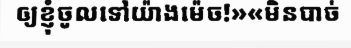
ឲ្យខ្ញុំចូលទៅយ៉ាងម៉េច!»«មិនបាច់